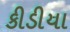
કીડીયા